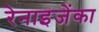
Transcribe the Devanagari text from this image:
रेनाइजेंका